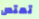
تمتص